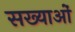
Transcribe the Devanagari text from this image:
सख्याओं